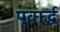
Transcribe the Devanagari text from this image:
पूवार्द्ध